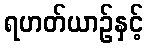
ရဟတ်ယာဉ်နှင့်